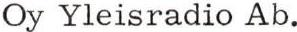
Oy Yleisradio Ab.